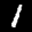
Label: 1